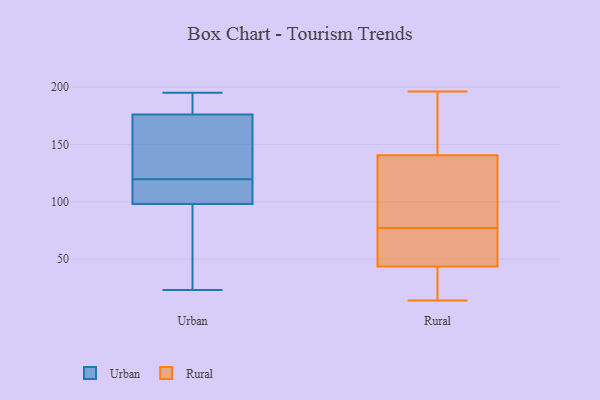
{"axis": {"x": "Page Views", "y": "Value"}, "legend": ["Rural", "Urban"], "data": [{"x": "", "y": 103, "type": "Urban"}, {"x": "", "y": 110, "type": "Urban"}, {"x": "", "y": 184, "type": "Urban"}, {"x": "", "y": 195, "type": "Urban"}, {"x": "", "y": 119, "type": "Urban"}, {"x": "", "y": 93, "type": "Urban"}, {"x": "", "y": 156, "type": "Urban"}, {"x": "", "y": 107, "type": "Urban"}, {"x": "", "y": 87, "type": "Urban"}, {"x": "", "y": 121, "type": "Urban"}, {"x": "", "y": 23, "type": "Urban"}, {"x": "", "y": 120, "type": "Urban"}, {"x": "", "y": 190, "type": "Urban"}, {"x": "", "y": 38, "type": "Urban"}, {"x": "", "y": 169, "type": "Urban"}, {"x": "", "y": 183, "type": "Urban"}, {"x": "", "y": 82, "type": "Rural"}, {"x": "", "y": 36, "type": "Rural"}, {"x": "", "y": 129, "type": "Rural"}, {"x": "", "y": 80, "type": "Rural"}, {"x": "", "y": 56, "type": "Rural"}, {"x": "", "y": 51, "type": "Rural"}, {"x": "", "y": 156, "type": "Rural"}, {"x": "", "y": 74, "type": "Rural"}, {"x": "", "y": 25, "type": "Rural"}, {"x": "", "y": 179, "type": "Rural"}, {"x": "", "y": 152, "type": "Rural"}, {"x": "", "y": 16, "type": "Rural"}, {"x": "", "y": 82, "type": "Rural"}, {"x": "", "y": 196, "type": "Rural"}, {"x": "", "y": 14, "type": "Rural"}, {"x": "", "y": 65, "type": "Rural"}]}